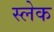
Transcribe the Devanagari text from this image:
स्लेक